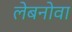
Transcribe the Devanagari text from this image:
लेबनोवा